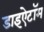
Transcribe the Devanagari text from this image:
डाइऐटॉम